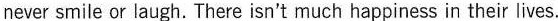
never smile or laugh.There isn't much happiness in their lives.